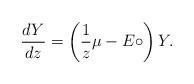
LaTeX: \begin{align*} \frac{dY}{dz}=\left(\frac{1}{z}\mu - E\circ \right)Y. \end{align*}